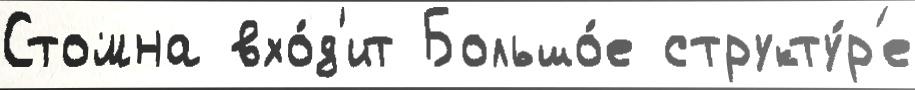
Стомна вхо́д'ит Большо́е структу́р'е